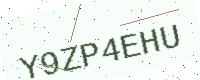
Text: Y9ZP4EHU